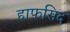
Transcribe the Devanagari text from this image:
हाफसिद